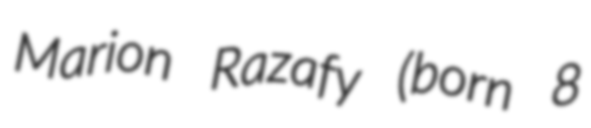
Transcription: Marion Razafy (born 8